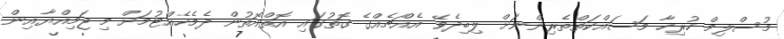
މުސްލިމް ހުރިހާ މަސައްކަތްތެރިންނަށް ލިބިދެވޭ އެއްޗެއްގެ ގޮތުގައި އޮތްއޮތުން ދެމެހެއްޓުމަށް މި ޖަމިއްޔާއިން